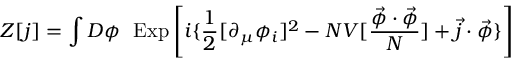
Z [ j ] = \int D \phi ~ ~ \mathrm { E x p } \left[ i \{ \frac { 1 } { 2 } [ \partial _ { \mu } \phi _ { i } ] ^ { 2 } - N V [ \frac { \vec { \phi } \cdot \vec { \phi } } { N } ] + \vec { j } \cdot \vec { \phi } \} \right]